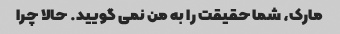
مارک، شما حقیقت را به من نمی گویید. حالا چرا